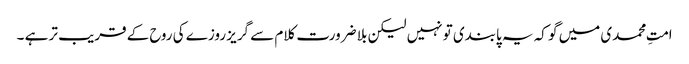
امتِ محمدی میں گو کہ یہ پابندی تو نہیں لیکن بلا ضرورت کلام سے گریز روزے کی روح کے قریب تر ہے ۔